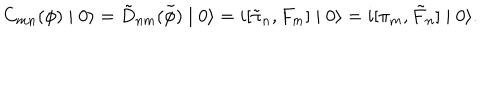
C _ { m n } ( \phi ) \mid 0 \rangle = \tilde { D } _ { n m } ( \tilde { \phi } ) \mid 0 \rangle = i [ \tilde { \pi } _ { n } , F _ { m } ] \mid 0 \rangle = i [ \pi _ { m } , \tilde { F } _ { n } ] \mid 0 \rangle .